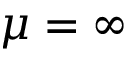
\mu = \infty